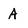
Character: A